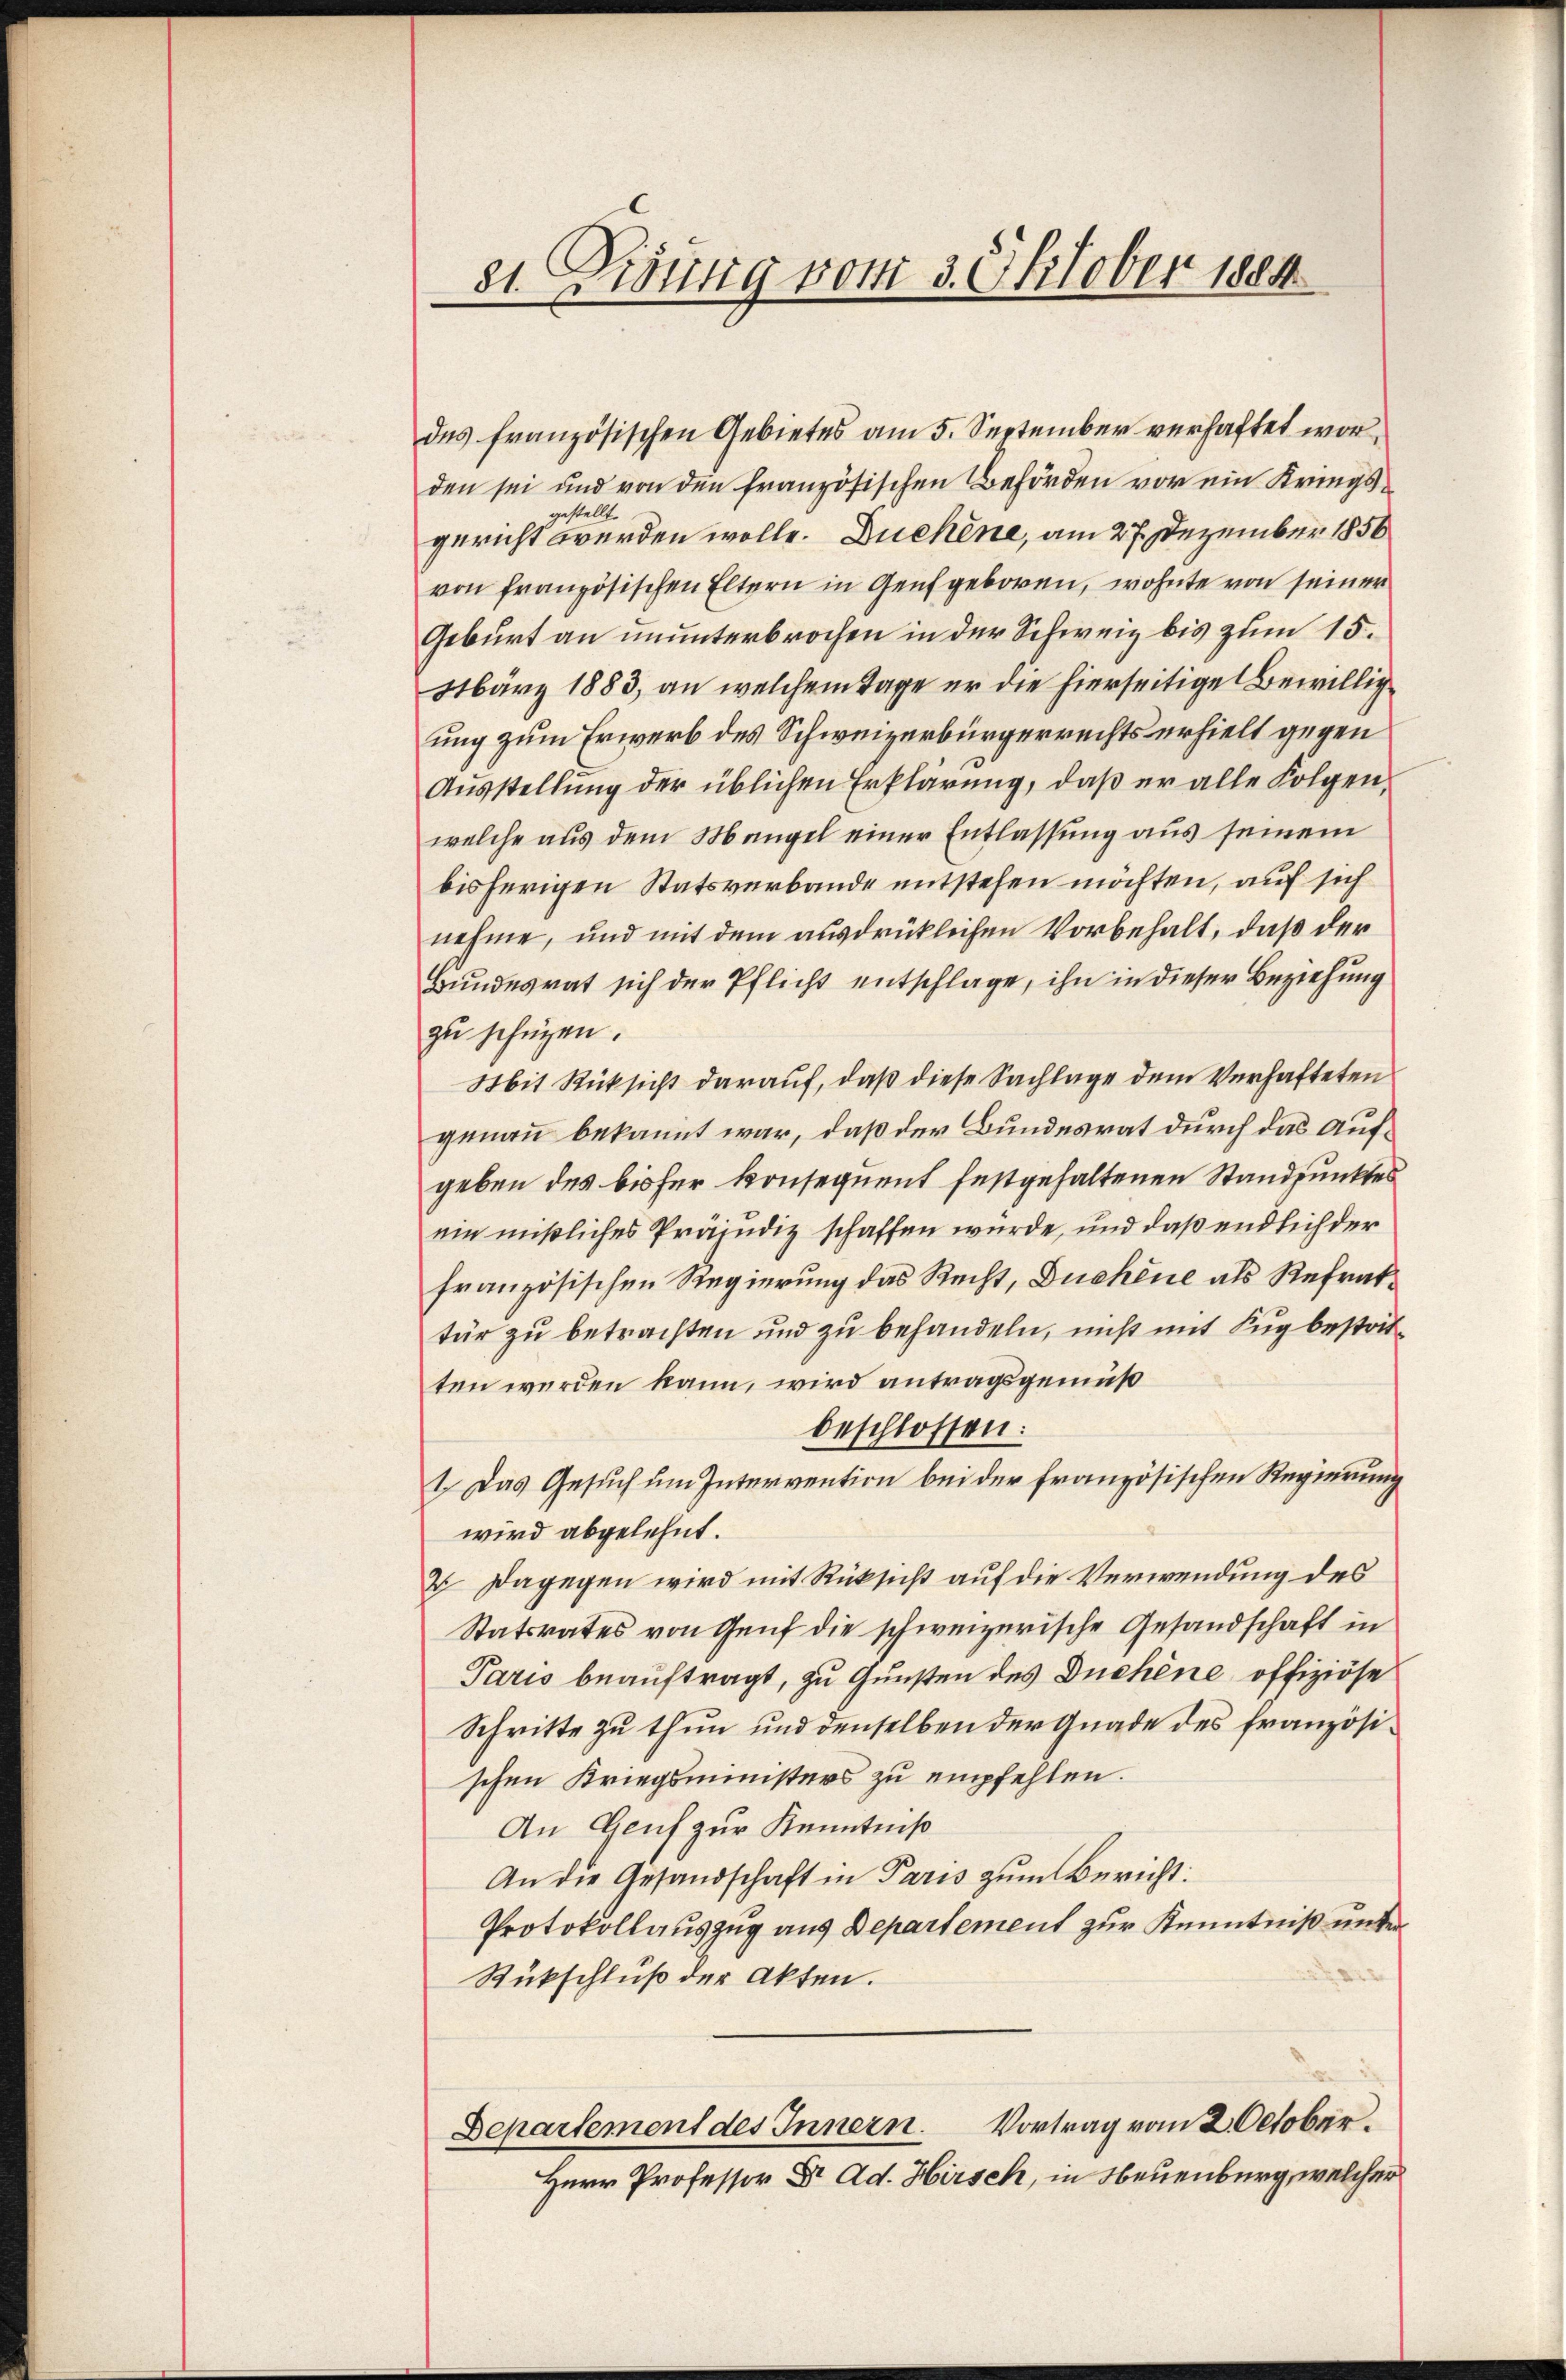
81. Kisung vom 3. Oktober 1884

des französischen Gebietes am 5. September verhaftet worden sei und von den französischen Behörden vor ein Kriegsgestellt.
gericht werden wolle. Duchene, am 27. Dezember 1856
von französischen Eltern in Genf geboren, wohnte von seiner
Geburt an ununterbrochen in der Schweiz bis zum 15.
März 1883, an welchem Tage er die hierseitige Bewillig
ung zum Erwerb des Schweizerbürgerrechts erhielt gegen
Ausstellung der üblichen Erklärung, daß er alle Folgen,
welche aus dem Mangel einer Entlassung aus seinem
bisherigen Statsverbande entstehen möchten, auf sich
nehme, und mit dem ausdrücklichen Vorbehalt, daß der
Bundesrat sich der Pflicht entschlage, ihn in dieser Beziehung
zu schützen.
Mit Rücksicht darauf, daß diese Sachlage dem Verhafteten
genau bekannt war, daß der Bundesrat durch das Aufgeben des bisher konsequent festgehaltenen Standpunktes
ein mißliches Präjudiz schaffen würde, und daß endlich der
französischen Regierung das Recht, Duchene als Refraktür zu betrachten und zu behandeln, nicht mit Fug bestritten werden kann, wird antragsgemäß
beschlossen:
1. Das Gesuch um Intervention bei der französischen Regierung
wird abgelehnt.
2 Dagegen wird mit Rücksicht auf die Verwendung des
Statsrates von Genf die schweizerische Gesandschaft in
Paris beauftragt, zu Gunsten des Duchene offiziöse
Schritte zu thun und denselben der Gnade des französischen Kriegsministers zu empfehlen.
An Genf zur Kenntniß
An die Gesandschaft in Paris zum Bericht:
Protokollauszug aus Departement zur Kenntniß unter
Rückschluß der Akten.
Vortrag vom 2. October.
Separtement des Innern.
Herr Professor Dr. Ad. Hirsch, in Neuenburg, welcher